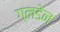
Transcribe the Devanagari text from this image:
ग्लडेन